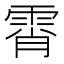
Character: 霄